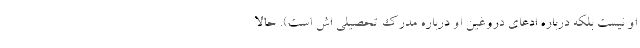
او نیست بلکه درباره ادعای دروغین او درباره مدرک تحصیلی اش است). حالا